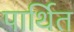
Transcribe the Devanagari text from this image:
पार्थित